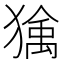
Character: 𱮠